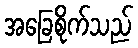
အခြေစိုက်သည်